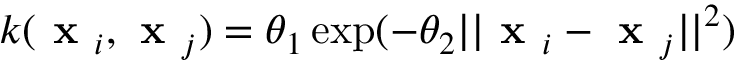
k ( \textbf { x } _ { i } , \textbf { x } _ { j } ) = \theta _ { 1 } \exp ( - \theta _ { 2 } | | \textbf { x } _ { i } - \textbf { x } _ { j } | | ^ { 2 } )